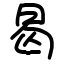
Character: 曷